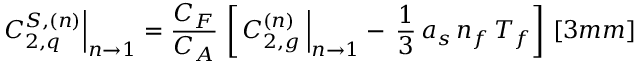
\left. C _ { 2 , q } ^ { S , ( n ) } \right| _ { n \rightarrow 1 } = \frac { C _ { F } } { C _ { A } } \, \left[ \left. C _ { 2 , g } ^ { ( n ) } \, \right| _ { n \rightarrow 1 } - \, \frac { 1 } { 3 } \, a _ { s } \, n _ { f } \, T _ { f } \right] \, [ 3 m m ]